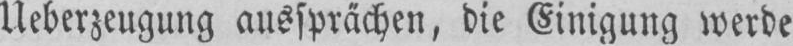
Ueberzeugung aussprächen, die Einigung werde